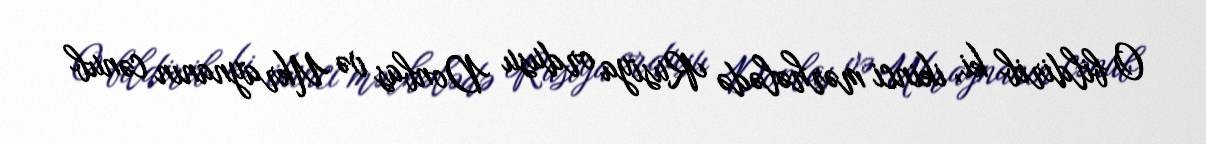
O bildirib ki, ikinci mərhələdə Rusiya ordusu Donbas və Ukraynanın cənub